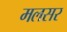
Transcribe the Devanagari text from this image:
मलसर